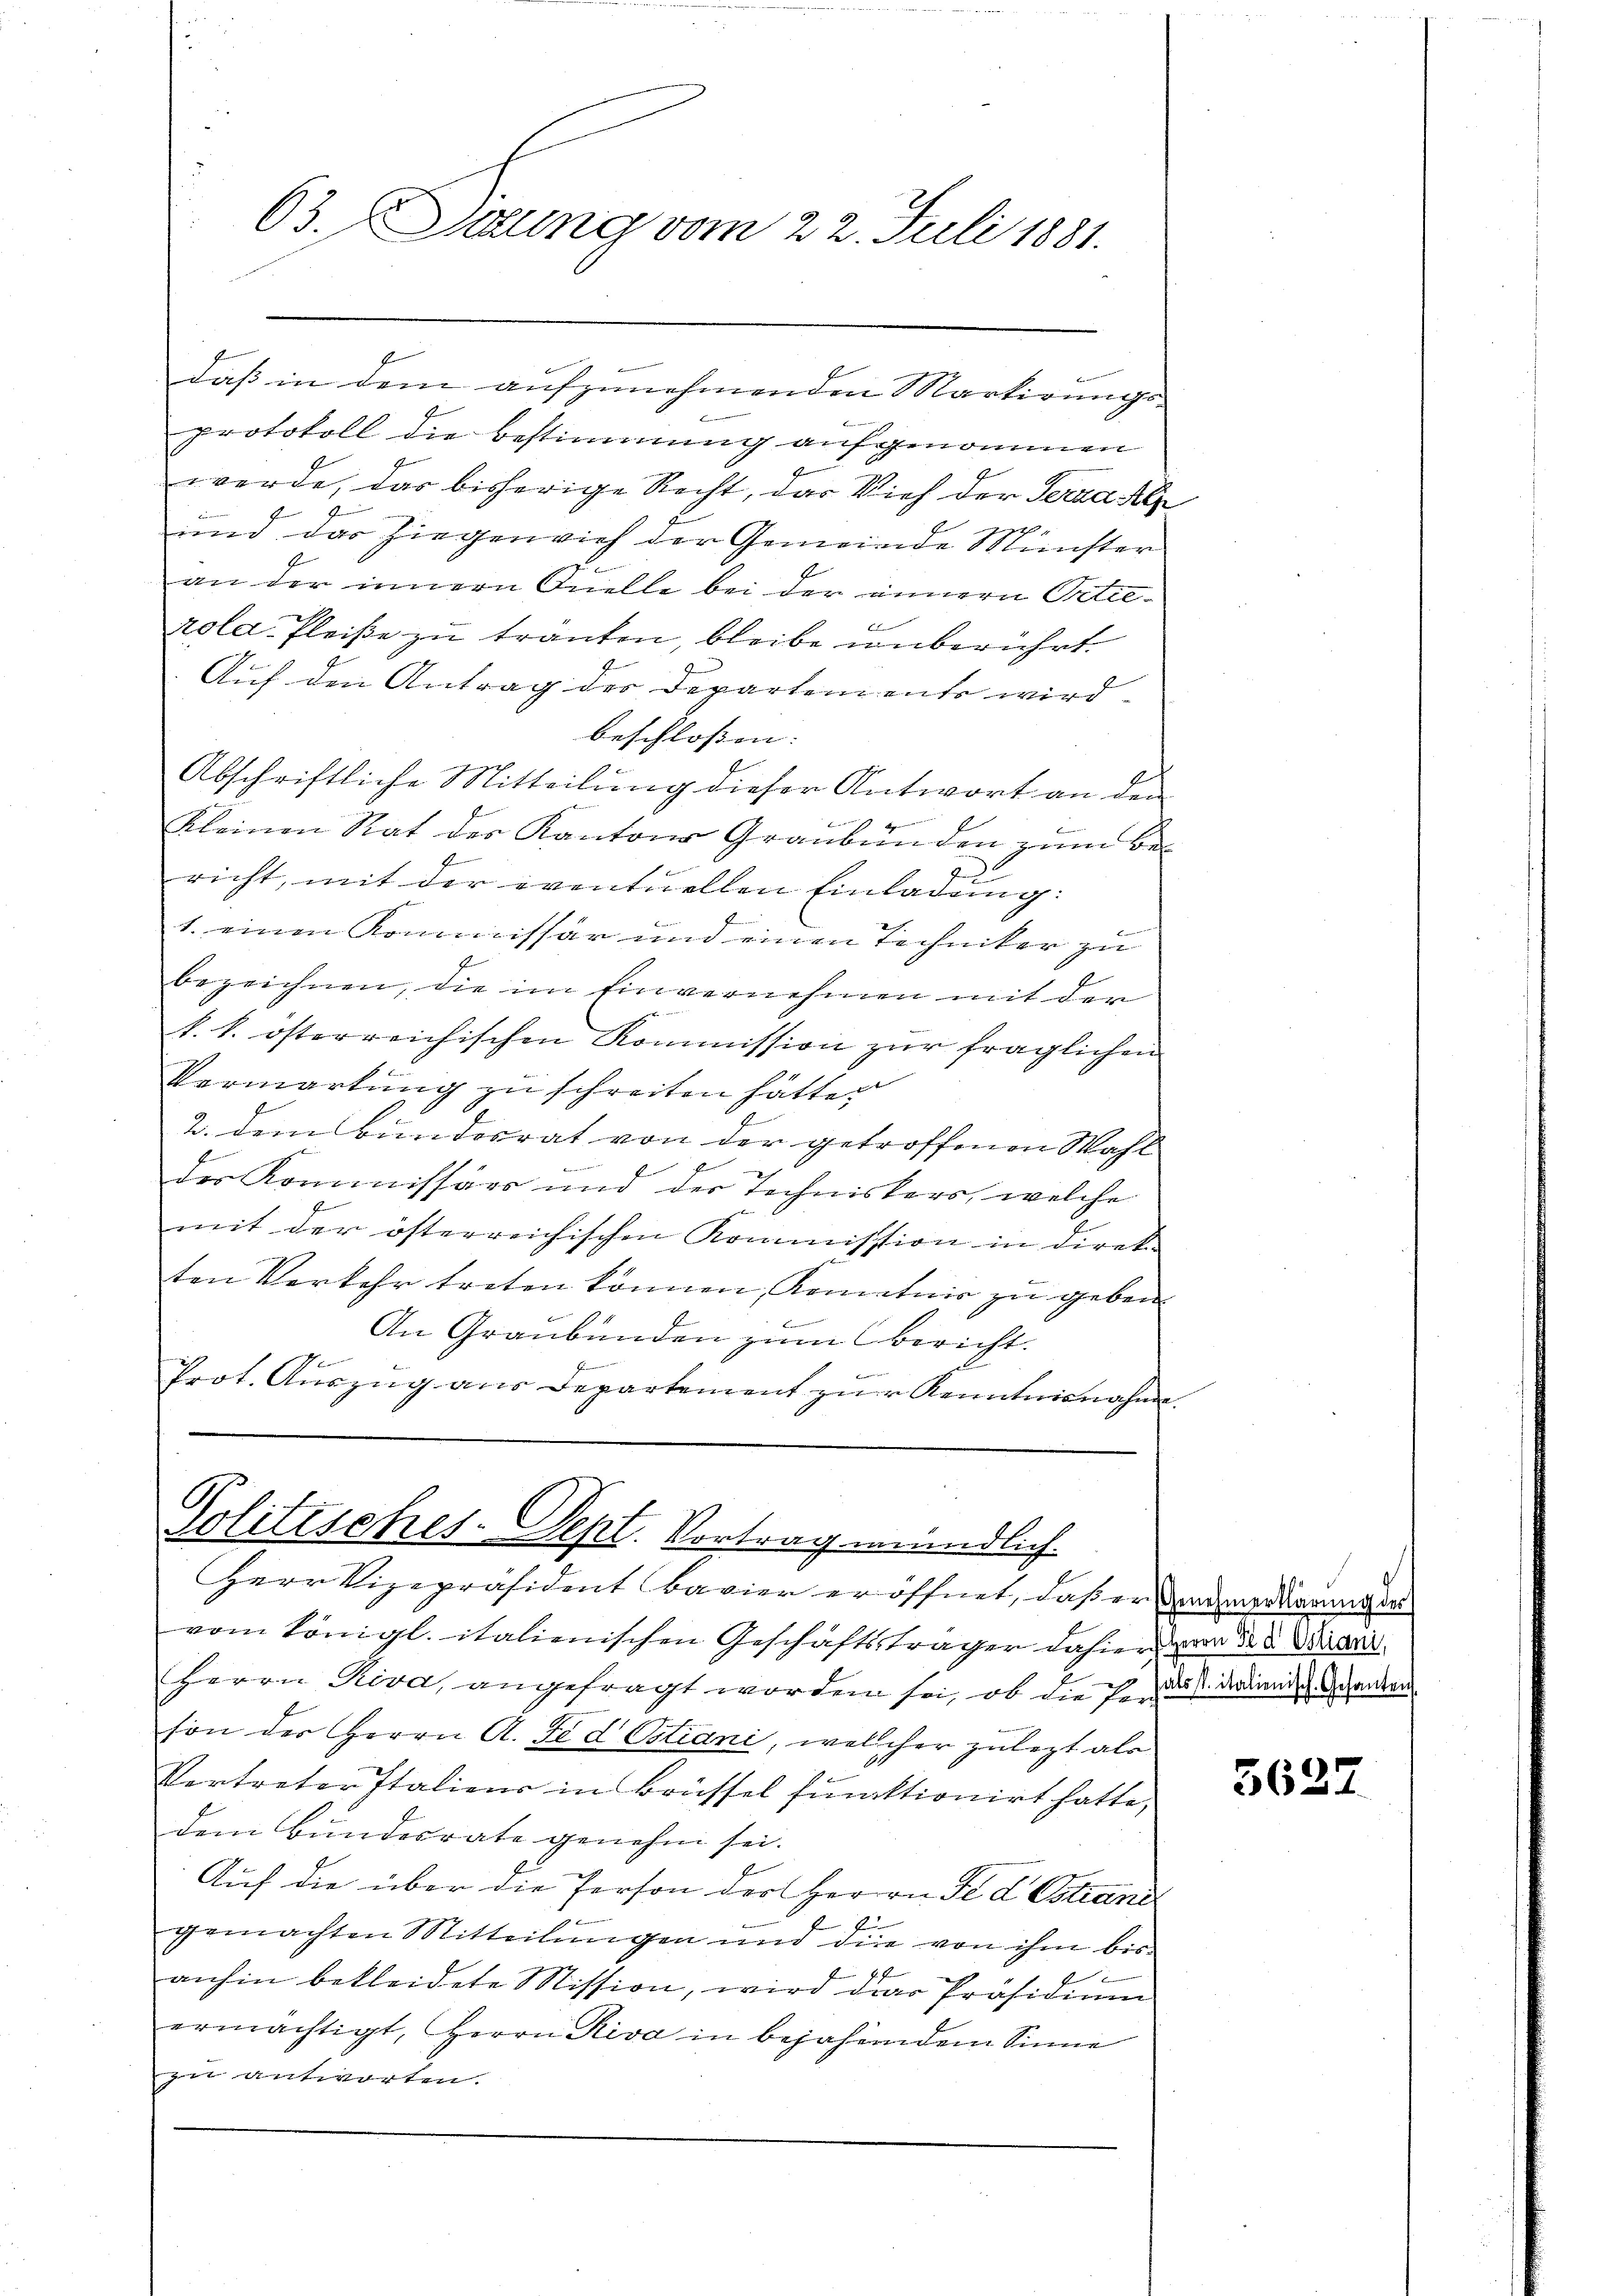
63. Dirung vom 22. Juli 1881.

protokoll die Bestimmung aufgenommen
werde, das bisherige Recht, das Vieh der Terzahle
und das Ziegenvieh der Gemeinde Münster
an der innern Quelle bei der innern Oetief
rola Fleiße zu tränken, bleibe unberührt.
Auf den Antrag der Departen ents wird
beschlossen:
Abschriftliche Mitteilung dieser Antwort an den
Kleinen Rat der Kantons Graubünden zŭm Be-
J
e
richt, mit der eventuellen Einladung:
1. einen Kommissär und einen Techniker zu
bezeichnen, die im Einvernehmen mit der

k. k. österreichischen Kommission zur fraglichen
Verwartung zu schreiten hätte.
2. dem Bundesrat von der getroffenen Wahl
der Kommissärs und der Techniskers, welche
mit der österreichischen Kommisssion in direkten Verkehr treten können, Komitnis zu geben.
An Graubünden zum Bericht.
b
z
f
Prot. Auszug aus Departement zŭr Kenntnisnahme.

daß in dem aufzunehmenden Markirungs¬

Politisches-Sept. Vortrag mündlich.
Herr Vizepräsident Bavier eröffnet, daß er vermorderung de

vom Königl. italienischen Geschäftsträger dahier von der Mari
Herrn Riva, angefragt worden sei, ob die Er dass der den Gehenden
son der Herrn A. Se d Ostiani, welcher zulezt als
Vertreter Italiens in Brüssel funktionirt hatte,
dem Bundesrate genehm sei.
Auf die über die Person der Herrn Se d Estrani
l
gemachten Mitteilungen und die von ihm bis
anhin bekleidete Mission, wird der Präsidium
ermächtigt, Herrn Riva in bejahendem Sinne
zu antworten.

5637